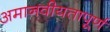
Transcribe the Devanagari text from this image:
अमानवीयतापूर्ण